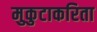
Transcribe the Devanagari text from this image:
मुकुटाकरिता